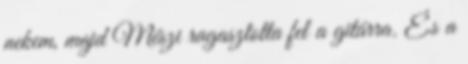
nekem, majd Mészi ragasztotta fel a gitárra. És a